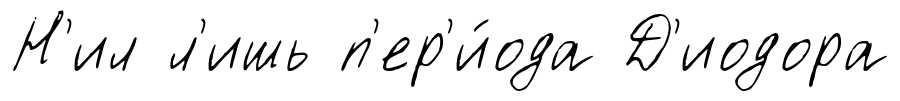
Н'ил л'ишь п'ер'и́ода Д'иодора